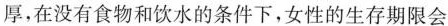
厚，在没有食物和饮水的条件下，女性的生存期限会